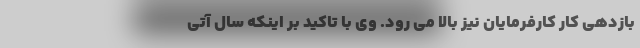
بازدهی کار کارفرمایان نیز بالا می رود. وی با تاکید بر اینکه سال آتی